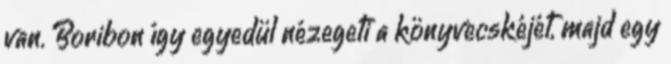
van. Boribon így egyedül nézegeti a könyvecskéjét, majd egy